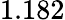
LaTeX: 1.182